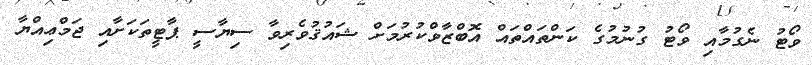
ވޯޓު ނެގުމާއި ވޯޓު ގުނުމުގެ ކަންތައްތައް އޮބްޒާވްކުރުމަށް ޝައުޤުވެރިވާ ސިޔާސީ ޕާޓީތަކަށާއި ޖަމްޢިއްޔާ